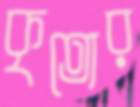
কৃত্যের